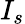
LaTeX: I_{s}